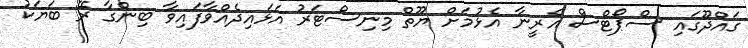
ގައްދޫގައި ސްޕޯޓްސް އެރީނާ އެޅުމަށް ޔޫތް މިނިސްޓަރު އަޅައިދެއްވާފައިވާ ބިންގާ ރޭ ބަޔަކު